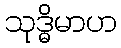
သုဒ္ဓိမာဟ